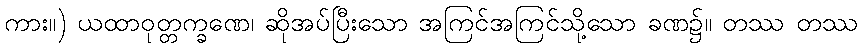
ကား။) ယထာဝုတ္တက္ခဏေ၊ ဆိုအပ်ပြီးသော အကြင်အကြင်သို့သော ခဏ၌။ တဿ တဿ